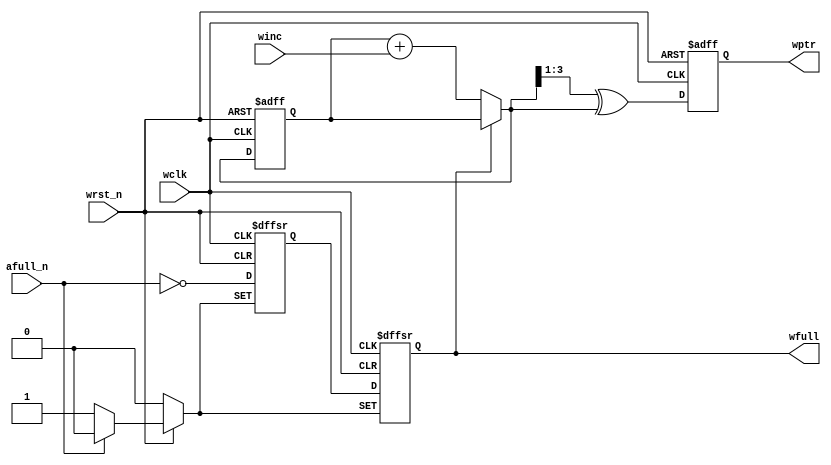
`default_nettype none

module wptr_full #(parameter ASIZE = 4)
		 (output reg wfull,
		  output reg [ASIZE - 1:0] wptr,
		  input afull_n,
		  input winc,
		  input wclk,
		  input wrst_n);
	reg [ASIZE - 1:0] wbin;
	reg wfull2;
	wire [ASIZE - 1:0] wgnext, wbnext;

	always @(posedge wclk or negedge wrst_n) begin
		if (!wrst_n) begin
			wbin <= 0;
			wptr <= 0;
		end else begin
			wbin <= wbnext;
			wptr <= wgnext;
		end
	end

	assign wbnext = !wfull ? wbin + winc : wbin;
	assign wgnext = (wbnext >> 1) ^ wbnext;

	always @(posedge wclk or negedge wrst_n or
		 negedge afull_n) begin
		if (!wrst_n)
			{wfull, wfull2} <= 2'b00;
		else if (!afull_n)
			{wfull, wfull2} <= 2'b11;
		else
			{wfull, wfull2} <= {wfull2, ~afull_n};
	end
endmodule